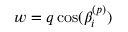
w = q \cos ( \beta _ { i } ^ { ( p ) } )